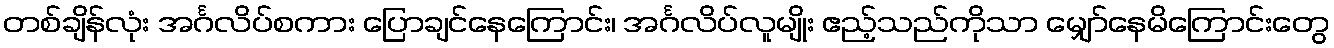
တစ်ချိန်လုံး အင်္ဂလိပ်စကား ပြောချင်နေကြောင်း၊ အင်္ဂလိပ်လူမျိုး ဧည့်သည်ကိုသာ မျှော်နေမိကြောင်းတွေ